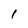
Character: 1